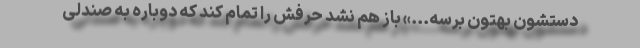
دستشون بهتون برسه...» باز هم نشد حرفش را تمام کند که دوباره به صندلی